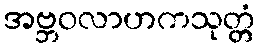
အဗ္ဘဝလာဟကသုတ္တံ